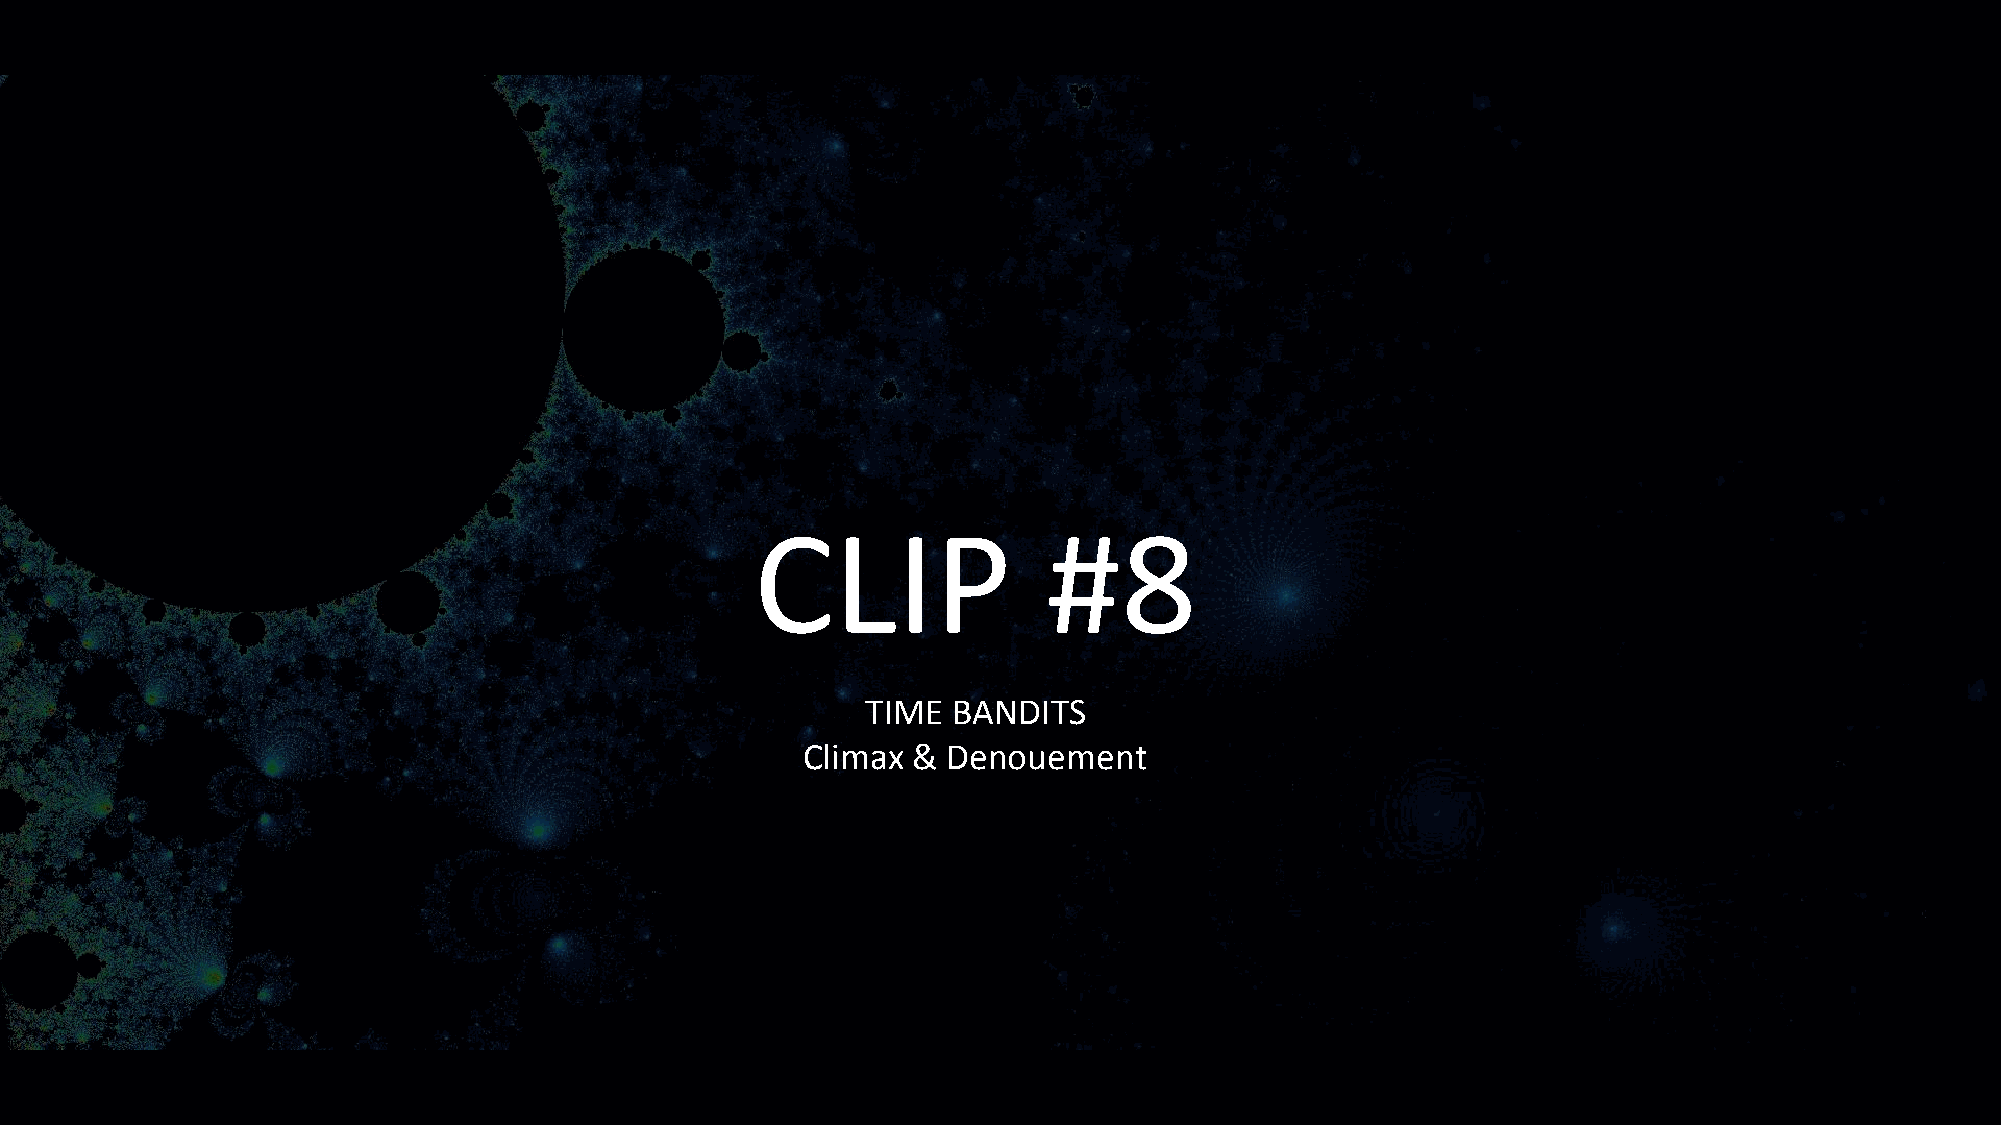
CLIP               #8
 TIME  BANDITS
 Climax &  Denouement